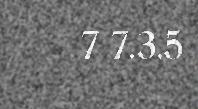
7 7.3.5